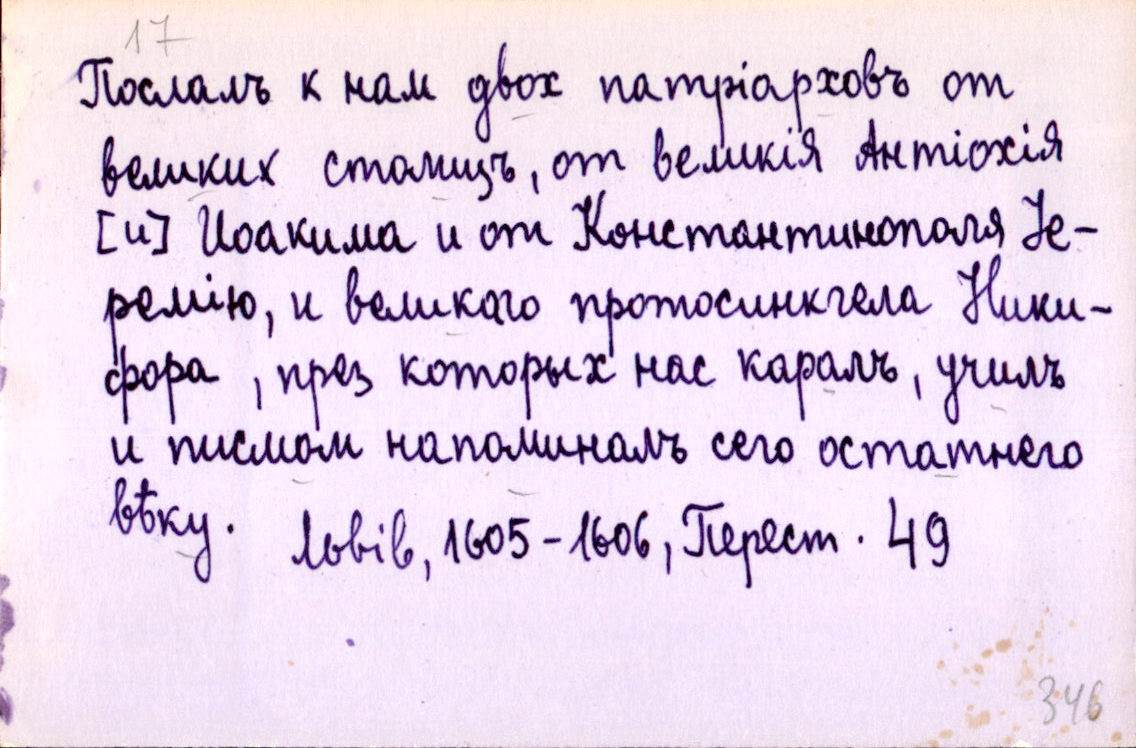
Послалъ к нам двох патріарховъ от
великих столицъ, от великія Антіохія
[и] Иоакима и от Константинополя Іе-
ремію, и великаго протосинкгела Ники-
фора, през которых нас каралъ, училъ
и писмом напоминалъ сего остатнего
вѣку. 
Львів, 1605-1606, Перест. 49